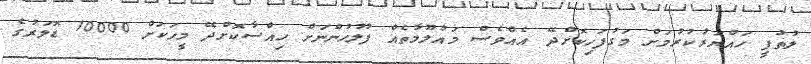
ލުތުފީ ހައްޔަރުކުރުމަށް މަގުފަހިކޮށްދޭ އެއްވެސް މައުލޫމާތެއް ފުލުހުންނަށް ހިއްސާކޮށްދޭ މީހަކަށް 10000 ޑޮލަރުގެ